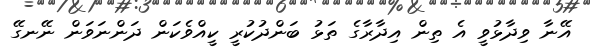
އޭނާ ވިދާޅުވީ އެ ތިން އިދާރާގެ ތަޅު ބަންދުކުރީ ކީއްވެކަން ދަންނަވަން ނޭނގޭ